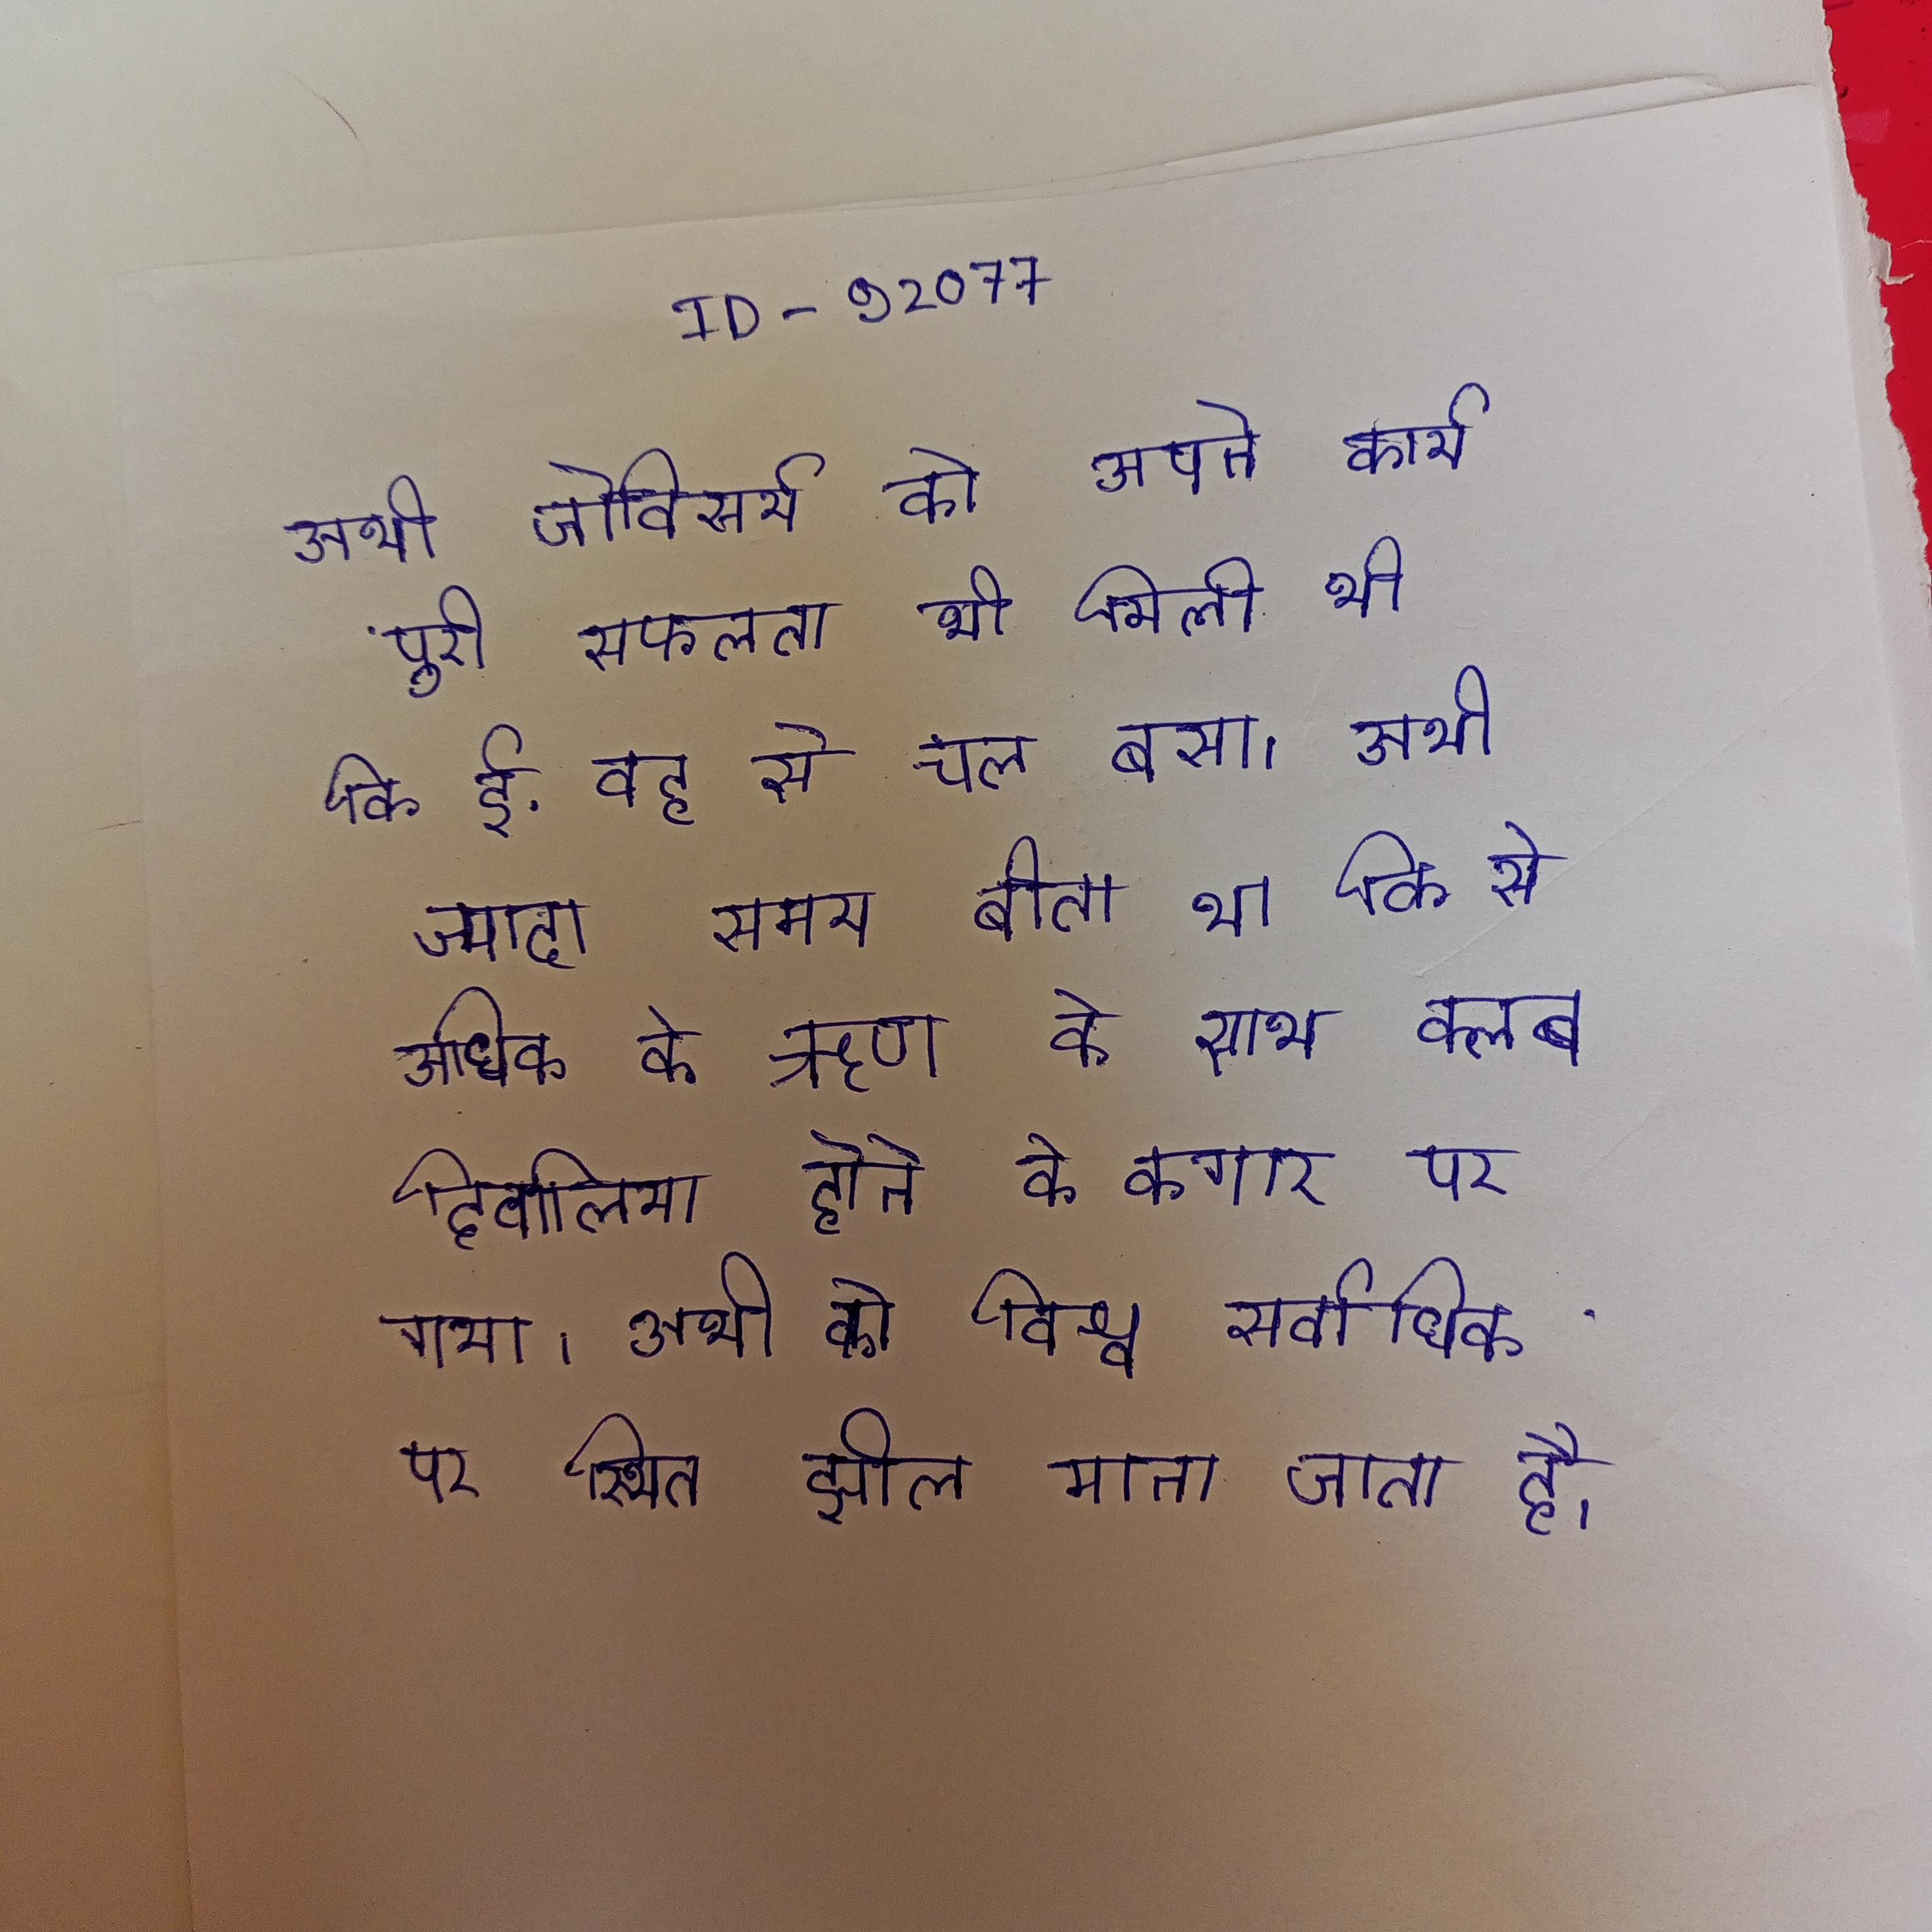
अभी जेविसर्य को अपने कार्य पूरी सफलता भी मिली थी कि ई. वह से चल बसा । अभी ज्यादा समय बीता था कि से अधिक के ऋण के साथ क्लब दिवालिया होने के कगार पर गया । अभी को विश्व सर्वाधिक पर स्थित झील माना जाता है ।